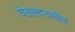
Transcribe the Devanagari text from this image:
चिखलदऱ्यातील